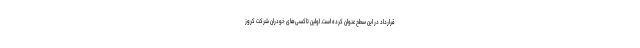
قرارداد در این سطح عنوان کرده است. اولین تاکسی‌های خودران شرکت کروز